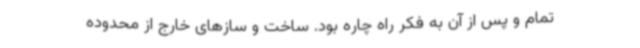
تمام و پس از آن به فکر راه چاره بود. ساخت و سازهای خارج از محدوده